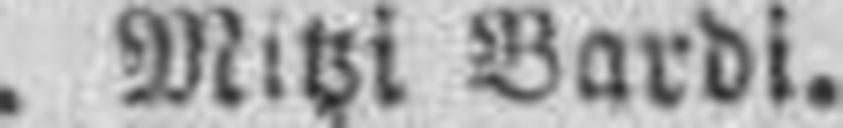
Mitzi Bardi.